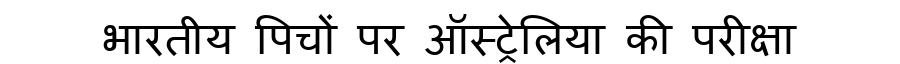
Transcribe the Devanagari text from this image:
भारतीय पिचों पर ऑस्ट्रेलिया की परीक्षा